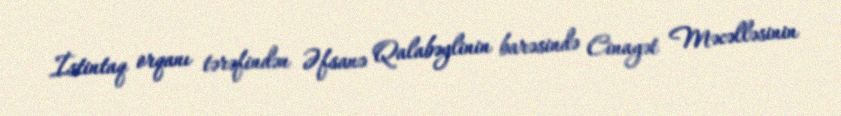
İstintaq orqanı tərəfindən Əfsanə Qalabəylinin barəsində Cinayət Məcəlləsinin